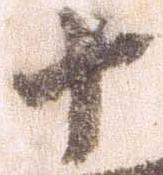
十